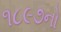
૧૮૯૭નો